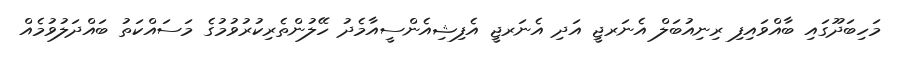
މަހިބަދޫގައި ބާއްވައިފި ރިނިއުބަލް އެނަރޖީ އަދި އެނަރޖީ އެފިޝިއެންސީއާމެދު ހޭލުންތެރިކުރުވުމުގެ މަސައްކަތު ބައްދަލުވުމެއް